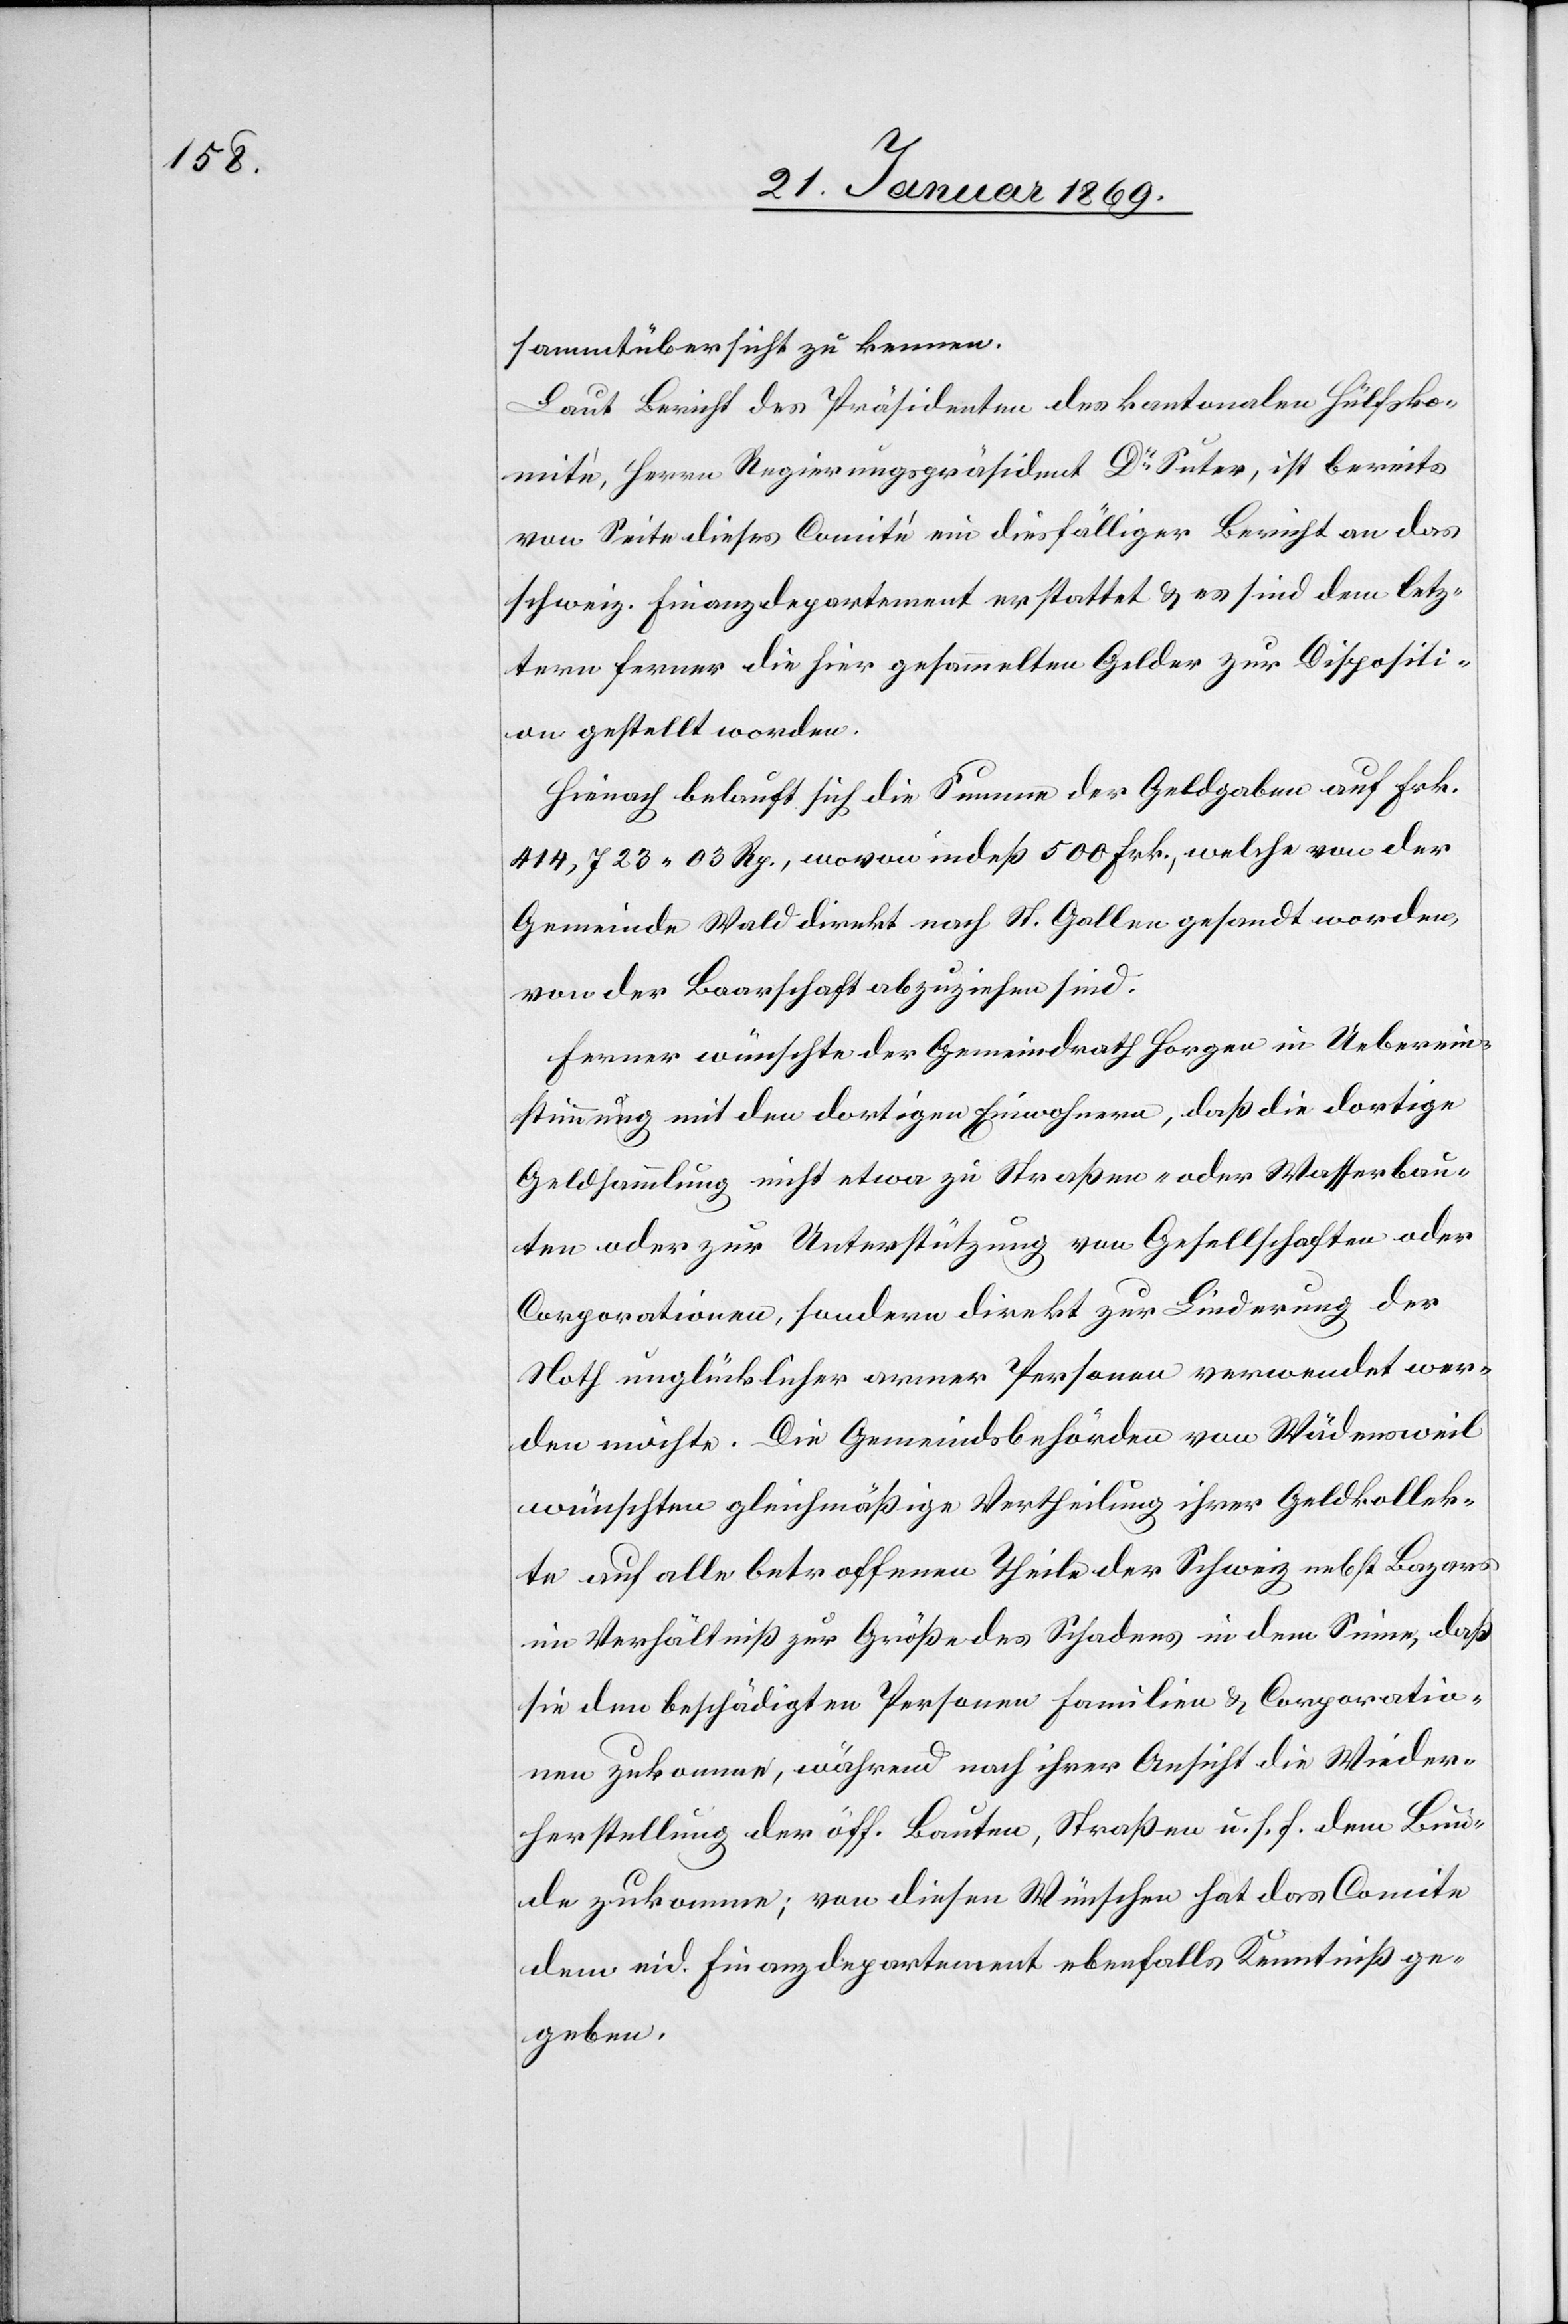
sammtübersicht zu kennen.
Laut Bericht des Präsidenten des kantonalen Hülfsko¬
mité, Herrn Regierungspräsident Dr Suter, ist bereits
von Seite dieses Comité ein diesfälliger Bericht an das
schweiz. Finanzdepartement erstattet & es sind dem letz¬
tern ferner die hier gesammelten Gelder zur Dispositi¬
on gestellt worden.
Hienach belauft sich die Summe der Geldabgaben auf Frk.
414,723.03 Rp., wovon indeß 500 Frk., welche von der
Gemeinde Wald direkt nach St. Gallen gesandt worden,
von der Baarschaft abzuziehen sind.
Ferner wünschte der Gemeindrath Horgen in Ueberein¬
stimmung mit den dortigen Einwohnern, daß die dortige
Geldsammlung nicht etwa zu Straßen- oder Wasserbau¬
ten oder zur Unterstützung von Gesellschaften oder
Corporationen, sondern direkt zur Linderung der
Noth unglücklicher armer Personen verwendet wer¬
den möchte. Die Gemeindsbehörden von Wädensweil
wünschen gleichmäßige Vertheilung ihrer Geldkollek¬
te auf alle betroffenen Theile der Schweiz nebst Bazars
im Verhältniß zur Größe des Schadens in dem Sinne, daß
sie den beschädigten Personen Familien & Corporatio¬
nen zukommen, während nach ihrer Ansicht die Wieder¬
herstellung der öff. Bauten, Straßen u. s. f. dem Bun¬
de zukomme; von diesen Wünschen hat das Comite
dem eid. Finanzdepartement ebenfalls Kenntniß ge¬
geben.